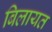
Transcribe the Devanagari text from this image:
बिलायत